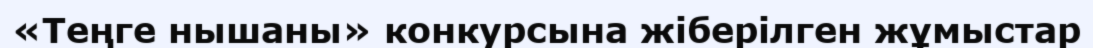
«Теңге нышаны» конкурсына жіберілген жұмыстар